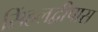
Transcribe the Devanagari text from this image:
सिंहलद्वीपास